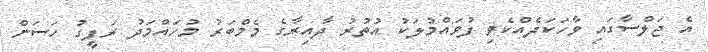
އެ ޖަލްސާގައި ވާހަކަދެއްކެވި ފުވައްމުލަކު އުތުރު ދާއިރާގެ މެމްބަރު މުހައްމަދު ރަފީގު ހަސަން